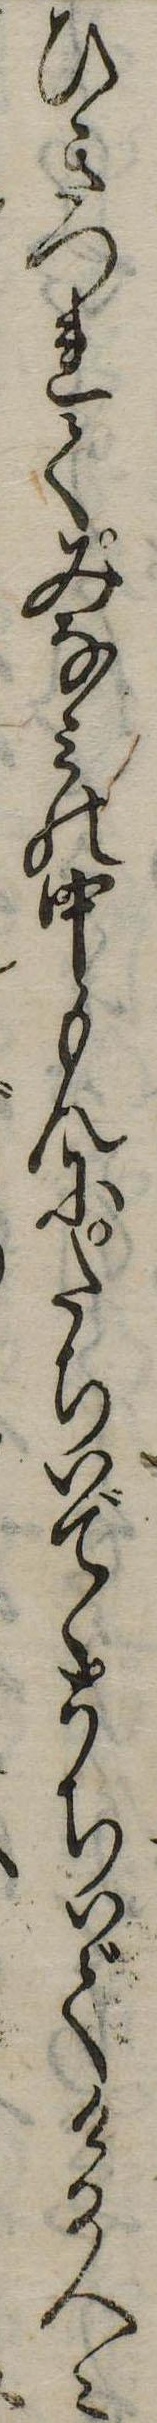
ひきつれてみなみの中もんにたちいでゝうちいでける人々